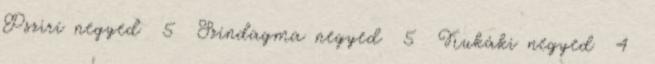
Pszirí negyed 5 Színdagma negyed 5 Kukáki negyed 4